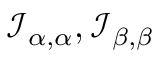
{ \mathcal { I } } _ { \alpha , \alpha } , { \mathcal { I } } _ { \beta , \beta }